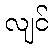
လျင်